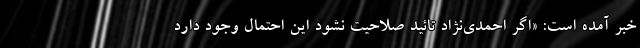
خبر آمده است: «اگر احمدی‌نژاد تائید صلاحیت نشود این احتمال وجود دارد